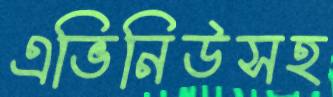
এভিনিউসহ